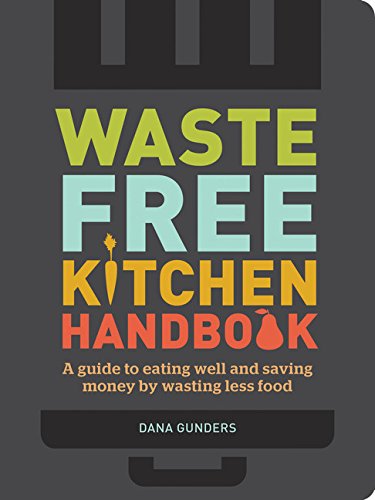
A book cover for Waste-Free Kitchen Handbook: A Guide to Eating Well and Saving Money By Wasting Less Food; Dana Gunders; Cookbooks, Food & Wine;